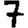
Digit: 7